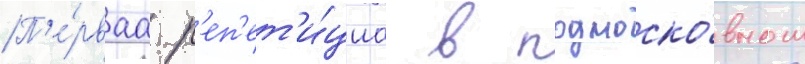
П'е́рваа р'еп'ет'и́циа в подмоско́вном